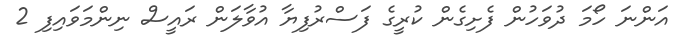
އަންނަ ހޯމަ ދުވަހުން ފެށިގެން ކުރީގެ ފަސްރުފިޔާ އުވާލަން ރައީސް ނިންމަވައިފި 2